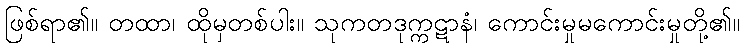
ဖြစ်ရာ၏။ တထာ၊ ထိုမှတစ်ပါး။ သုကတဒုက္ကဋာနံ၊ ကောင်းမှုမကောင်းမှုတို့၏။